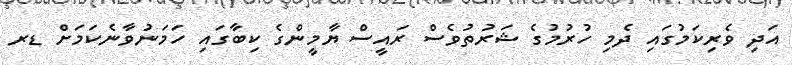
އަދި ވެރިކަމުގައި ދެމި ހުރުމުގެ ޝަރުތުވެސް ރައީސް ޔާމީންގެ ކިބާގައި ހަމަނުވާނެކަމަށް ޑރ